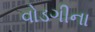
વોડગીના